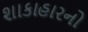
શાકાહારનો